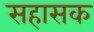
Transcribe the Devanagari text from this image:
सहासक